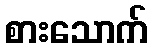
စားသောက်